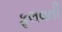
ફૂલવતી